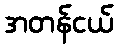
အတန်ငယ်